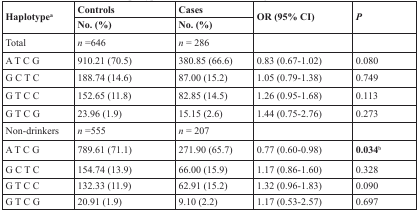
<table><thead><tr><td rowspan="2"><b>Haplotype<sup>a</sup></b></td><td><b>Controls</b></td><td><b>Cases</b></td><td rowspan="2"><b>OR (95% CI)</b></td><td rowspan="2"><b><i>P</i></b></td></tr><tr><td><b>No. (%)</b></td><td><b>No. (%)</b></td></tr></thead><tbody><tr><td>Total</td><td><i>n</i> =646</td><td><i>n</i> = 286</td><td></td><td></td></tr><tr><td>A T C G</td><td>910.21 (70.5)</td><td>380.85 (66.6)</td><td>0.83 (0.67-1.02)</td><td>0.080</td></tr><tr><td>G C T C</td><td>188.74 (14.6)</td><td>87.00 (15.2)</td><td>1.05 (0.79-1.38)</td><td>0.749</td></tr><tr><td>G T C C</td><td>152.65 (11.8)</td><td>82.85 (14.5)</td><td>1.26 (0.95-1.68)</td><td>0.113</td></tr><tr><td>G T C G</td><td>23.96 (1.9)</td><td>15.15 (2.6)</td><td>1.44 (0.75-2.76)</td><td>0.273</td></tr><tr><td>Non-drinkers</td><td><i>n</i> =555</td><td><i>n</i> = 207</td><td></td><td></td></tr><tr><td>A T C G</td><td>789.61 (71.1)</td><td>271.90 (65.7)</td><td>0.77 (0.60-0.98)</td><td><b>0.034</b><sup>b</sup></td></tr><tr><td>G C T C</td><td>154.74 (13.9)</td><td>66.00 (15.9)</td><td>1.17 (0.86-1.60)</td><td>0.328</td></tr><tr><td>G T C C</td><td>132.33 (11.9)</td><td>62.91 (15.2)</td><td>1.32 (0.96-1.83)</td><td>0.090</td></tr><tr><td>G T C G</td><td>20.91 (1.9)</td><td>9.10 (2.2)</td><td>1.17 (0.53-2.57)</td><td>0.697</td></tr></tbody></table>